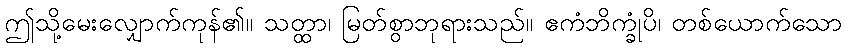
ဤသို့မေးလျှောက်ကုန်၏။ သတ္ထာ၊ မြတ်စွာဘုရားသည်။ ဧကံဘိက္ခုံပိ၊ တစ်ယောက်သော